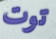
توت